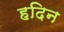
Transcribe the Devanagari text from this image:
हदिन